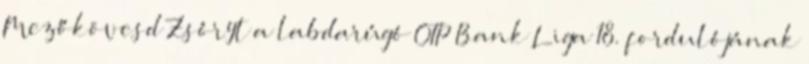
Mezőkövesd Zsóryt a labdarúgó OTP Bank Liga 18. fordulójának